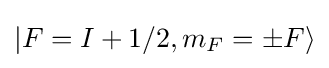
|F=I+1/2,m_{F}=\pm F\rangle